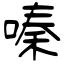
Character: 嗪